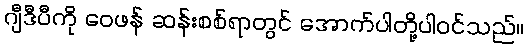
ဂျီဒီပီကို ဝေဖန် ဆန်းစစ်ရာတွင် အောက်ပါတို့ပါဝင်သည်။